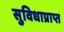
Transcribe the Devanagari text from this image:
सुविधाप्राप्त